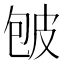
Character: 𰤡